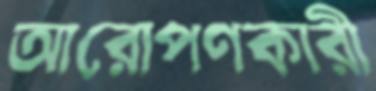
আরোপণকারী